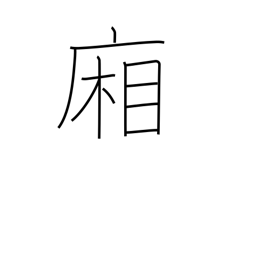
Meaning: hallways